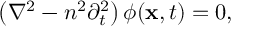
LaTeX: \left( \nabla ^ { 2 } - n ^ { 2 } \partial _ { t } ^ { 2 } \right) \phi ( { \bf x } , t ) = 0 ,